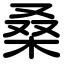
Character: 桑